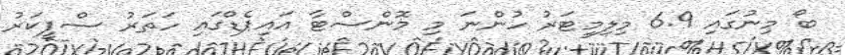
ބޯ މިނުގައި 6.9 މިލިމީޓަރު ހުންނަ މި މޮންސްޓާ އައިޕެޑްގައި ހަތަރު ސްޕީކަރު